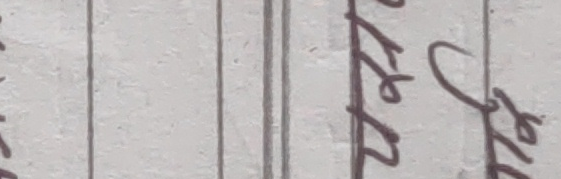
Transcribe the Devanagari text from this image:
१६३